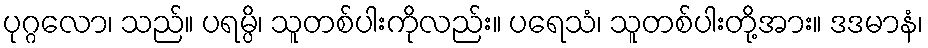
ပုဂ္ဂလော၊ သည်။ ပရမ္ပိ၊ သူတစ်ပါးကိုလည်း။ ပရေသံ၊ သူတစ်ပါးတို့အား။ ဒဒမာနံ၊